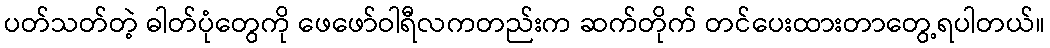
ပတ်သတ်တဲ့ ဓါတ်ပုံတွေကို ဖေဖော်ဝါရီလကတည်းက ဆက်တိုက် တင်ပေးထားတာတွေ့ရပါတယ်။